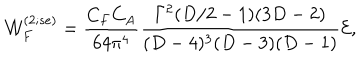
LaTeX: { \cal W } _ { F } ^ { ( 2 ; s e ) } = { \frac { C _ { F } C _ { A } } { 6 4 { \pi } ^ { 4 } } } { \frac { \Gamma ^ { 2 } ( D / 2 - 1 ) ( 3 D - 2 ) } { ( D - 4 ) ^ { 3 } ( D - 3 ) ( D - 1 ) } } { \cal E } ,